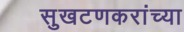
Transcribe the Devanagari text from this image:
सुखटणकरांच्या